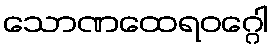
သောဏထေရဝဂ္ဂေါ